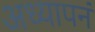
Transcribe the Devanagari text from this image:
अध्यापनं